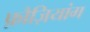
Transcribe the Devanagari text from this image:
फ़ौज़ियांग